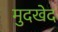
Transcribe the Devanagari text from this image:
मुदखेद